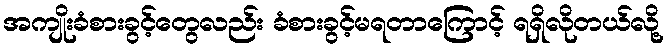
အကျိုးခံစားခွင့်တွေလည်း ခံစားခွင့်မရတာကြောင့် ရရှိလိုတယ်လို့